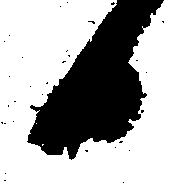
日